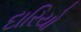
દારિયો